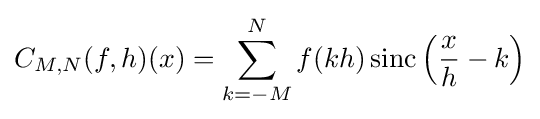
C_{M,N}(f,h)(x)=\displaystyle \sum _{k=-M}^{N}f(kh)\,{\textrm {sinc}}\left({\dfrac {x}{h}}-k\right)